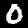
Digit: 0